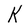
Character: K